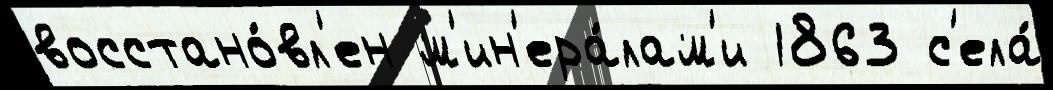
восстано́вл'ен м'ин'ера́лам'и 1863 с'ела́